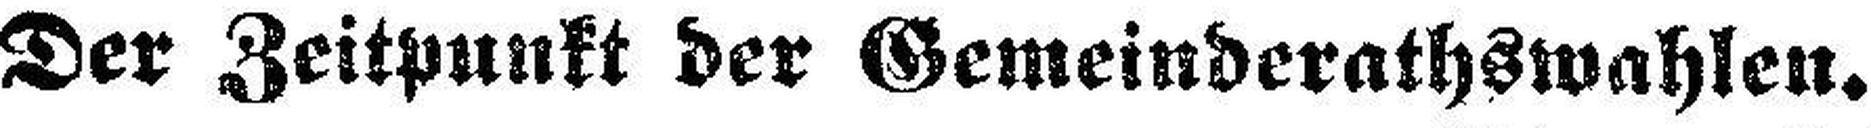
Der Zeitpunkt der Gemeinderathswahlen.